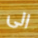
الى